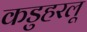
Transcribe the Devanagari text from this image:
कडुहरलू